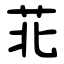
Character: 苝